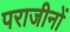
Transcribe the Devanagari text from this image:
पराजीनों